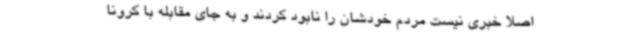
اصلا خبری نیست مردم خودشان را نابود کردند و به جای مقابله با کرونا